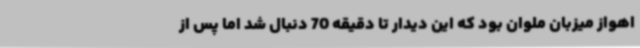
اهواز میزبان ملوان بود که این دیدار تا دقیقه 70 دنبال شد اما پس از